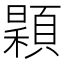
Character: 𩔏